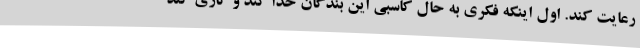
رعایت کند. اول اینکه فکری به حال کاسبی این بندگان خدا کند و کاری کند